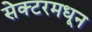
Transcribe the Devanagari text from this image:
सेक्टरमधून